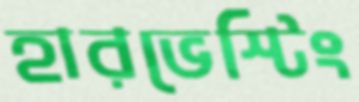
হারভেস্টিং